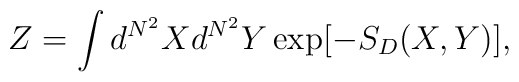
Z= \int d^{N^2}X d^{N^2}Y \exp [-S_D(X,Y)],